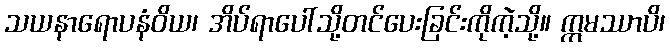
သယနာရောပနံဝိယ၊ အိပ်ရာပေါ်သို့တင်ပေးခြင်းကိုကဲ့သို့။ ဣမဿာပိ၊